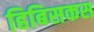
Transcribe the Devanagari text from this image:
हिबिसकस